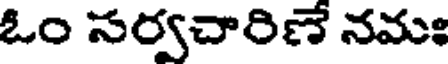
ఓం సర్వచారిణే నమః